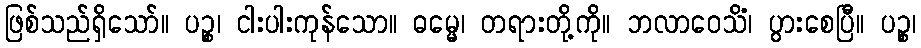
ဖြစ်သည်ရှိသော်။ ပဉ္စ၊ ငါးပါးကုန်သော။ ဓမ္မေ၊ တရားတို့ကို။ ဘလာဝေသိံ၊ ပွားစေပြီ။ ပဉ္စ၊